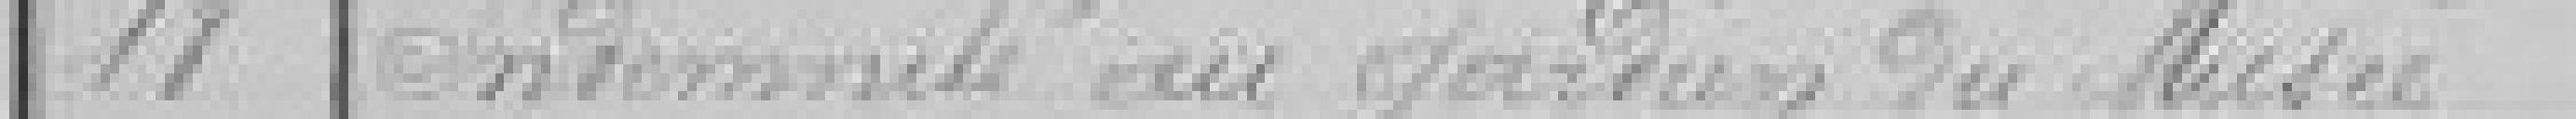
18 Indemnité au gardien du Musée